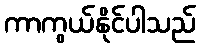
ကာကွယ်နိုင်ပါသည်